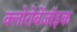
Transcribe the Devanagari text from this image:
क्लोरोबेंजॉइक